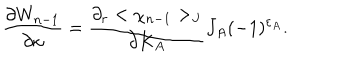
{ \frac { \partial W _ { n - 1 } } { \partial \kappa } } = { \frac { \partial _ { r } < \chi _ { n - 1 } > _ { J } } { \partial K _ { A } } } J _ { A } ( - 1 ) ^ { \varepsilon _ { A } } .